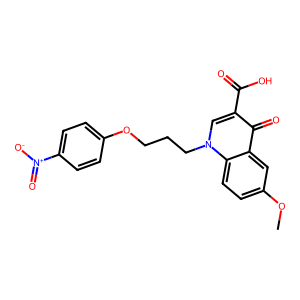
SMILES: COc1ccc2c(c1)c(=O)c(C(=O)O)cn2CCCOc1ccc([N+](=O)[O-])cc1
Inhibits HIV replication: No